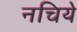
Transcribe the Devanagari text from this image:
नचिये